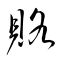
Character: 賂